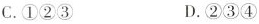
C.①②③ D.②③④